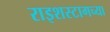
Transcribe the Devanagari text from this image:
राइशस्टागच्या